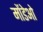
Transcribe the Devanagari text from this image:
मोंडेओ